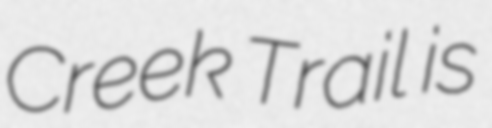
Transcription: Creek Trail is